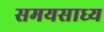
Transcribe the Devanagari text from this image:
समयसाध्य